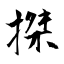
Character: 搩